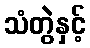
သံတွဲနှင့်